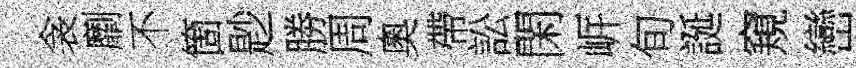
衾劘不箇尟勝周奧帶訟閑㟁旬誕窺巒